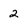
Character: 2